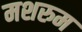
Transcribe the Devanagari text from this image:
मशरुम